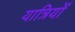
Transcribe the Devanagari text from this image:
यात्रियोँ